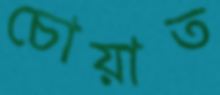
চোয়াত